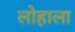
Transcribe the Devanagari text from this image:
लोहाला